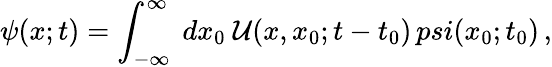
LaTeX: \psi(x;t)=\int_{-\infty}^{\infty}\ dx_{0}\ {\cal U}(x,x_{0};t-t_{0})\, psi(x_{0};t_{0})\, ,